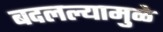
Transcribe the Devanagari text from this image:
बदलल्यामुळे